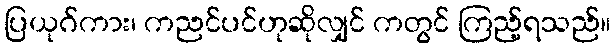
ပြယုဂ်ကား၊ ကညင်ပင်ဟုဆိုလျှင် ကတွင် ကြည့်ရသည်။